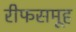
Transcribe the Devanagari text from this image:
रीफसमूह